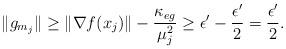
LaTeX: \begin{align*}\|g_{m_j}\| \ge \|\nabla f(x_j)\| -\frac{\kappa_{eg}}{\mu_j^2} \ge \epsilon' - \frac{\epsilon'}{2} = \frac{\epsilon'}{2}.\end{align*}